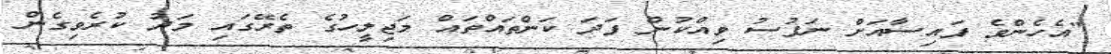
"އެހެންވެ ފައިސާއަށް ނަފުސު ވިއްކުން ފަދަ ކަންތައްތައް މަޖިލީހުގެ ތެރޭގައި މަދު ކުރެވިގެން